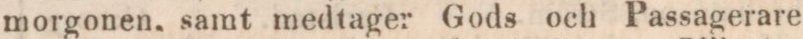
morgonen, samt medtager Gods och Passagerare